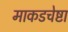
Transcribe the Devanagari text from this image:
माकडचेष्टा